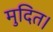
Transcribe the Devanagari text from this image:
मुदित।